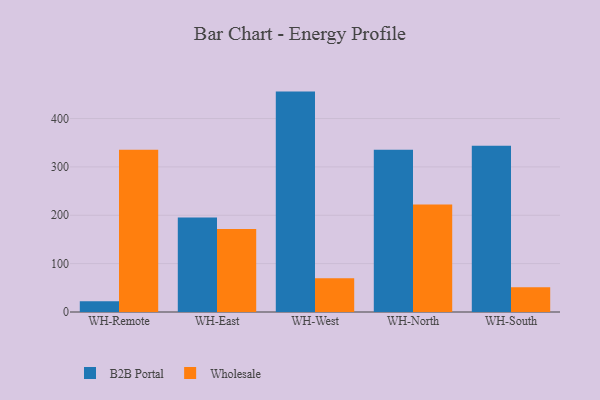
{"axis": {"x": "Warehouse", "y": "Population (Million)"}, "legend": ["B2B Portal", "Wholesale"], "data": [{"x": "WH-Remote", "y": 22.2, "type": "B2B Portal"}, {"x": "WH-Remote", "y": 335.4, "type": "Wholesale"}, {"x": "WH-East", "y": 195.2, "type": "B2B Portal"}, {"x": "WH-East", "y": 171.7, "type": "Wholesale"}, {"x": "WH-West", "y": 455.7, "type": "B2B Portal"}, {"x": "WH-West", "y": 69.6, "type": "Wholesale"}, {"x": "WH-North", "y": 335.5, "type": "B2B Portal"}, {"x": "WH-North", "y": 222.3, "type": "Wholesale"}, {"x": "WH-South", "y": 343.6, "type": "B2B Portal"}, {"x": "WH-South", "y": 51.3, "type": "Wholesale"}]}